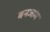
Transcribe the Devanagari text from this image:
बनजाग